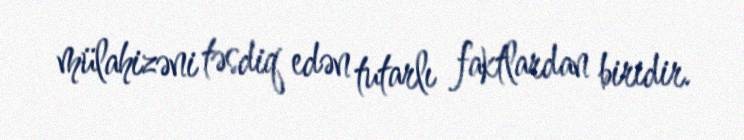
mülahizəni təsdiq edən tutarlı faktlardan biridir.